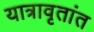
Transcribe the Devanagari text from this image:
यात्रावृतांत